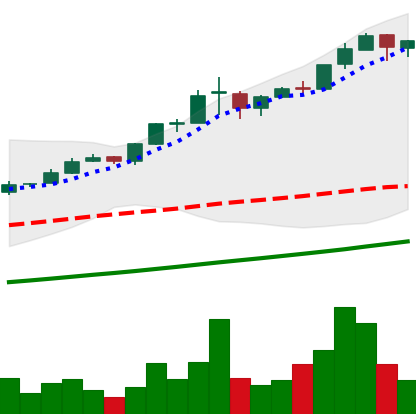
Ticker: BTC-USD
Chart end date: 2017-03-05
Forward return: -11.869%
Label: down_7plus